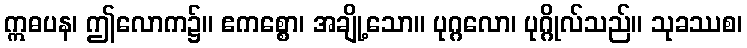
ဣဓပန၊ ဤလောက၌။ ဧကစ္စော၊ အချို့သော။ ပုဂ္ဂလော၊ ပုဂ္ဂိုလ်သည်။ သုခဿစ၊